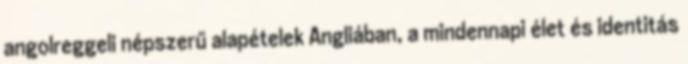
angolreggeli népszerű alapételek Angliában, a mindennapi élet és identitás